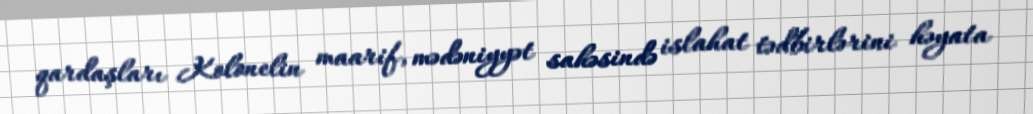
qardaşları Kolonelin maarif, mədəniyyət sahəsində islahat tədbirlərini həyata